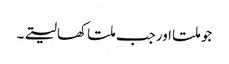
جو ملتا اورجب ملتا کھالیتے۔